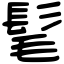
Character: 髦